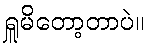
ရှူမိတော့တာပဲ။